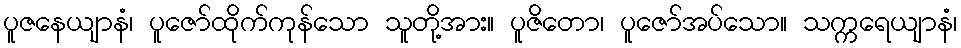
ပူဇနေယျာနံ၊ ပူဇော်ထိုက်ကုန်သော သူတို့အား။ ပူဇိတော၊ ပူဇော်အပ်သော။ သက္ကရေယျာနံ၊